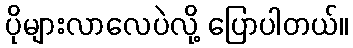
ပိုများလာလေပဲလို့ ပြောပါတယ်။